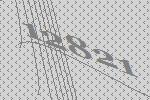
12821